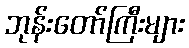
ဘုန်းတော်ကြီးများ